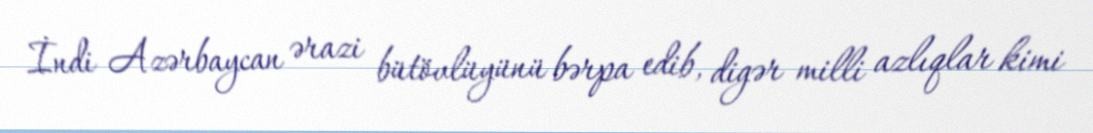
İndi Azərbaycan ərazi bütövlüyünü bərpa edib, digər milli azlıqlar kimi